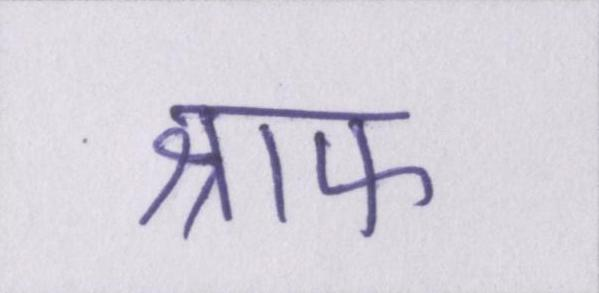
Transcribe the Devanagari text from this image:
श्राफ